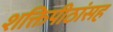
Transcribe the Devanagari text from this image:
शक्तिपीठांसह